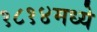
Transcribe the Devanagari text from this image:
१८१४मध्ये